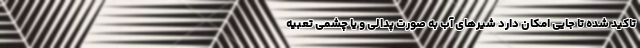
تاکید شده تا جایی امکان دارد شیرهای آب به صورت پدالی و یا چشمی تعبیه